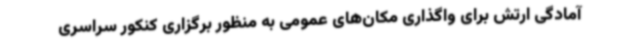
آمادگی ارتش برای واگذاری مکان‌های عمومی به منظور برگزاری کنکور سراسری